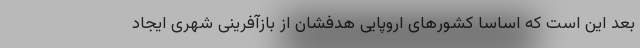
بعد این است که اساسا کشورهای اروپایی هدفشان از بازآفرینی شهری ایجاد